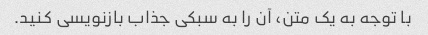
با توجه به یک متن، آن را به سبکی جذاب بازنویسی کنید.